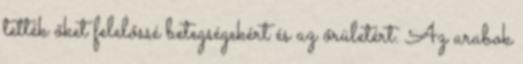
tették őket felelőssé betegségekért és az őrületért. Az arabok